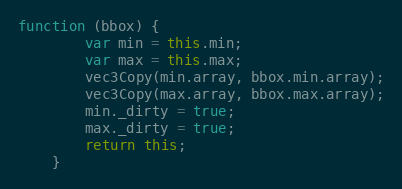
Language: JavaScript
function (bbox) {
        var min = this.min;
        var max = this.max;
        vec3Copy(min.array, bbox.min.array);
        vec3Copy(max.array, bbox.max.array);
        min._dirty = true;
        max._dirty = true;
        return this;
    }